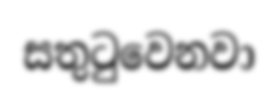
සතුටුවෙනවා